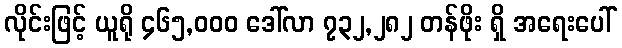
လိုင်းဖြင့် ယူရို ၄၆၅,၀၀၀ ဒေါ်လာ ၇၃၂,၂၈၂ တန်ဖိုး ရှိ အရေးပေါ်